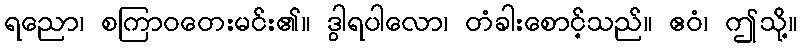
ရညော၊ စကြာဝတေးမင်း၏။ ဒွါရပါလော၊ တံခါးစောင့်သည်။ ဧဝံ၊ ဤသို့။